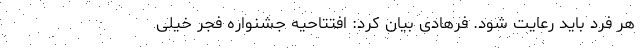
هر فرد باید رعایت شود. فرهادی بیان کرد: افتتاحیه جشنواره فجر خیلی